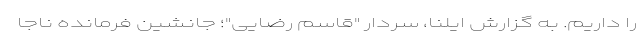
را داریم. به گزارش ایلنا، سردار "قاسم رضایی"؛ جانشین فرمانده ناجا